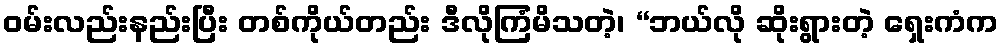
ဝမ်းလည်းနည်းပြီး တစ်ကိုယ်တည်း ဒီလိုကြံမိသတဲ့၊ “ဘယ်လို ဆိုးရွားတဲ့ ရှေးကံက